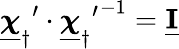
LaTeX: {{\underline{{\boldsymbol{\chi}}}_{\dagger}}^{\prime}\cdot{{\underline{{\boldsymbol{\chi}}}_{\dagger}}^{\prime}}^{-1}=\underline{{\mathbf I}}}